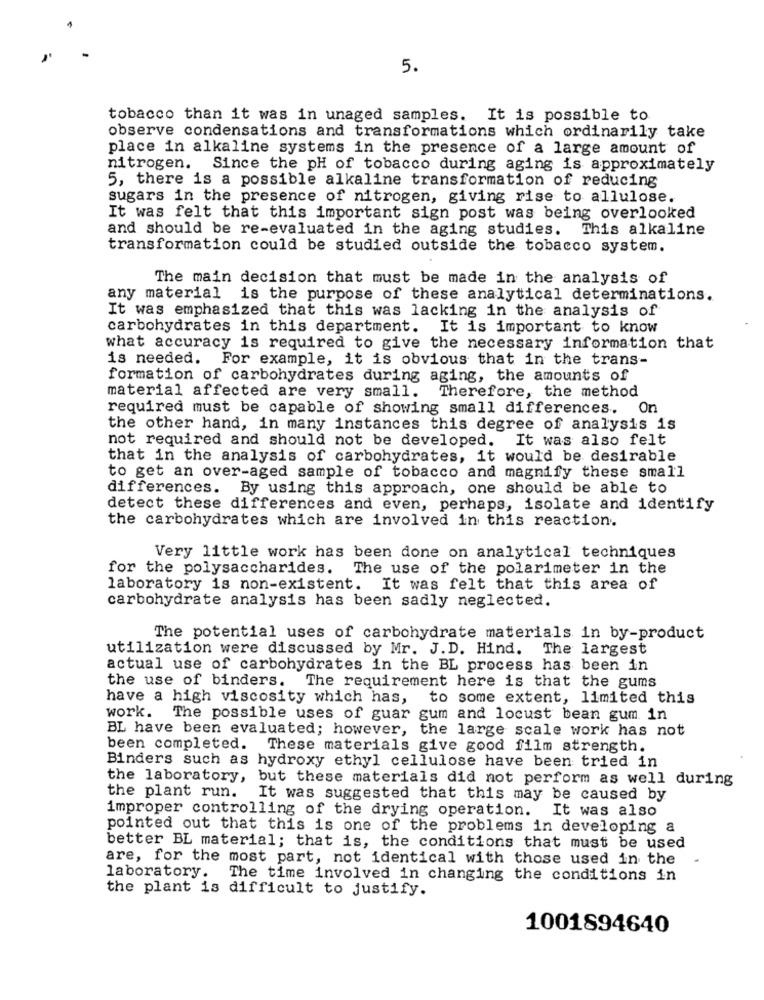
5.
tobacco than it was in unaged samples. It is possible to
observe condensations and transformations which ordinarily take
place in alkaline systems in the presence of a large amount of
nitrogen. Since the pH of tobacco during aging is approximately
5, there is a possible alkaline transformation of reducing
sugars in the presence of nitrogen, giving rise to allulose.
It was felt that this important sign post was being overlooked
and should be re-evaluated in the aging studies. This alkaline
transformation could be studied outside the tobacco system.
The main decision that must be made in the analysis of
any material is the purpose of these analytical determinations.
It was emphasized that this was lacking in the analysis of
carbohydrates in this department. It is important to know
what accuracy is required to give the necessary information that
is needed. For example, it is obvious that in the trans-
formation of carbohydrates during aging, the amounts of
material affected are very small.
Therefore, the method
required must be capable of showing small differences. On
the other hand, in many instances this degree of analysis is
not required and should not be developed. It was also felt
that in the analysis of carbohydrates, it would be desirable
to get an over-aged sample of tobacco and magnify these small
differences. By using this approach, one should be able to
detect these differences and even, perhaps, isolate and identify
the carbohydrates which are involved in this reaction.
Very little work has been done on analytical techniques
for the polysaccharides.
The use of the polarimeter in the
laboratory is non-existent. It was felt that this area of
carbohydrate analysis has been sadly neglected.
The potential uses of carbohydrate materials in by-product
utilization were discussed by Mr. J.D. Hind. The largest
actual use of carbohydrates in the BL process has been in
the use of binders. The requirement here is that the gums
to some extent, limited this
have a high viscosity which has, t
work. The possible uses of guar gum and locust bean gum in
BL have been evaluated; however, the large scale work has not
been completed. These materials give good film strength.
Binders such as hydroxy ethyl cellulose have been tried in
the laboratory, but these materials did not perform as well during
the plant run.
It was suggested that this may be caused by
improper controlling of the drying operation. It was also
pointed out that this is one of the problems in developing a
better BL material; that is, the conditions that must be used
are, for the most part, not identical with those used in the
laboratory. The time involved in changing the conditions in
the plant is difficult to justify.
1001894640